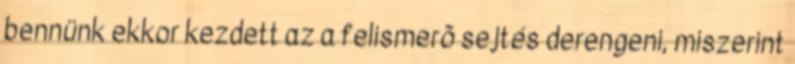
bennünk ekkor kezdett az a felismerõ sejtés derengeni, miszerint